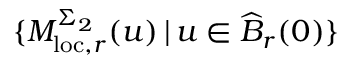
\{ M _ { \mathrm { l o c } , r } ^ { \Sigma _ { 2 } } ( u ) \, | \, u \in \widehat { B } _ { r } ( 0 ) \}